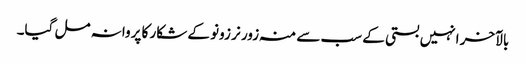
بالآخر انہیں بستی کے سب سے منہ زور نر زونو کے شکار کا پروانہ مل گیا۔